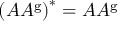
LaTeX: \left( A A ^ { \mathrm { g } } \right) ^ { * } = A A ^ { \mathrm { g } }